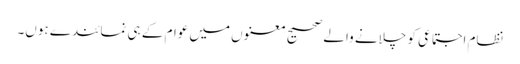
نظامِ اجتماعی کو چلانے والے صحیح معنوں میں عوام کے ہی نمائندے ہوں۔